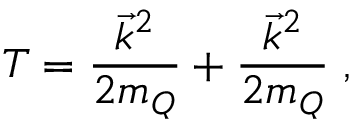
T = \frac { \vec { k } ^ { 2 } } { 2 m _ { Q } } + \frac { \vec { k } ^ { 2 } } { 2 m _ { Q } } \; ,